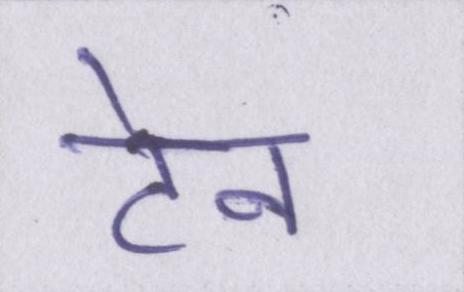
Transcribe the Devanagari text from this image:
टेन